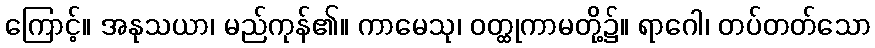
ကြောင့်။ အနုသယာ၊ မည်ကုန်၏။ ကာမေသု၊ ဝတ္ထုကာမတို့၌။ ရာဂေါ၊ တပ်တတ်သော